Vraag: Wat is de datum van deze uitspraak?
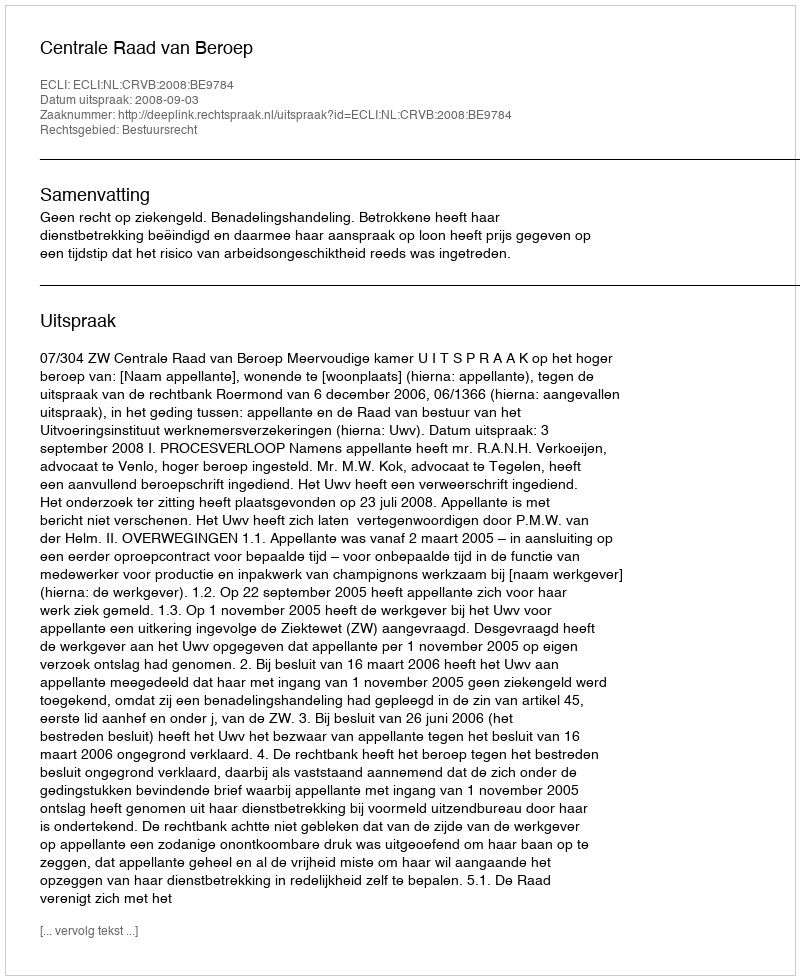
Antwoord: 2008-09-03